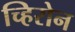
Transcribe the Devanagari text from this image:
च्हिरोन